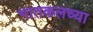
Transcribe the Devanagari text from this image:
भातकलच्या